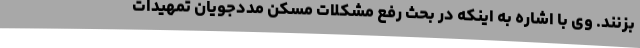
بزنند. وی با اشاره به اینکه در بحث رفع مشکلات مسکن مددجویان تمهیدات